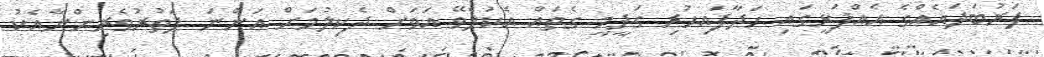
ފަރުބަދައެއްގެ އެއްފަޅީގައި ހަދާފައިހުރި ގަދީމީ ގެތައް އެކުލެވޭ އަވަށް ދެކިލުމަށް އަންނަ ފަތުރުވެރިންނާއެކު